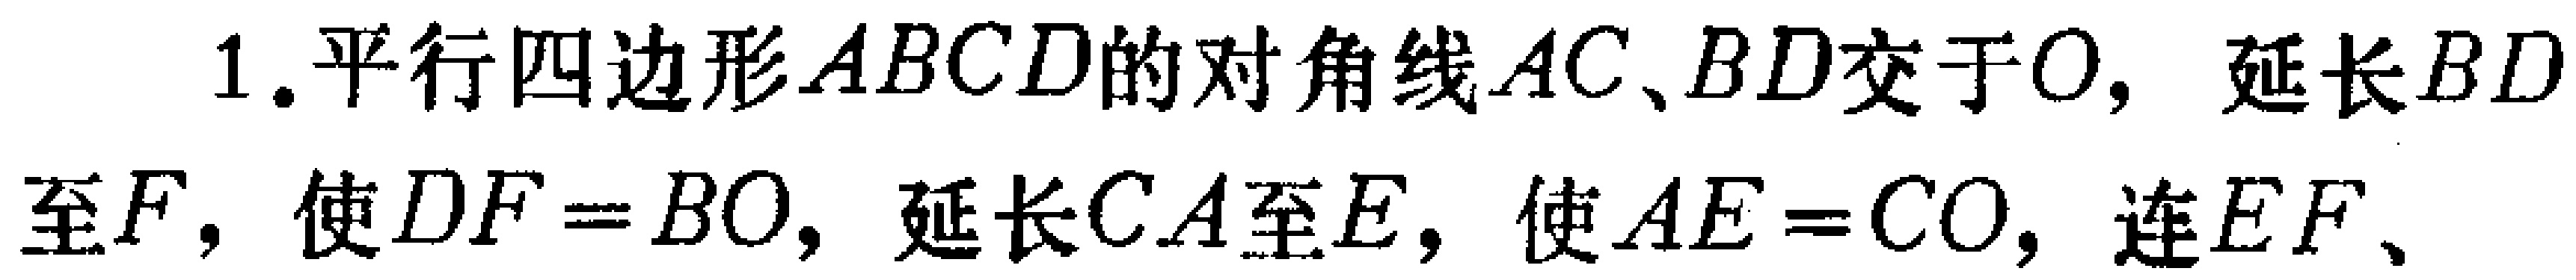
1. 平行四边形\(ABCD\)的对角线\(AC、BD\)交于\(O\)，延长\(BD\)至\(F\)，使\(DF = BO\)，延长\(CA\)至\(E\)，使\(AE = CO\)，连\(EF\)、